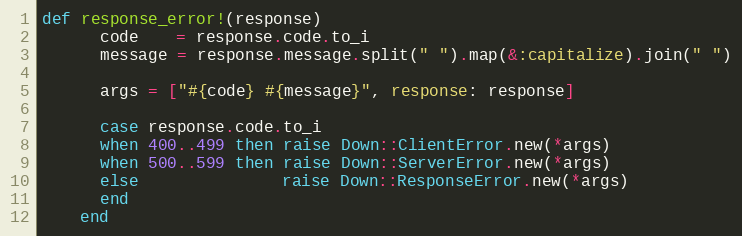
Language: Ruby
def response_error!(response)
      code    = response.code.to_i
      message = response.message.split(" ").map(&:capitalize).join(" ")

      args = ["#{code} #{message}", response: response]

      case response.code.to_i
      when 400..499 then raise Down::ClientError.new(*args)
      when 500..599 then raise Down::ServerError.new(*args)
      else               raise Down::ResponseError.new(*args)
      end
    end